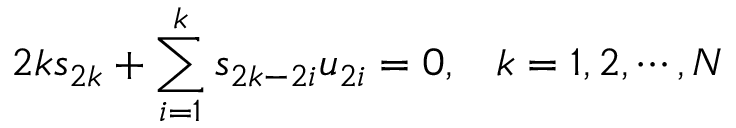
2 k s _ { 2 k } + \sum _ { i = 1 } ^ { k } s _ { 2 k - 2 i } u _ { 2 i } = 0 , \; \; \; k = 1 , 2 , \cdots , N